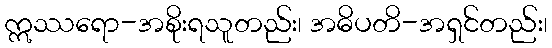
ဣဿရော-အစိုးရသူတည်း၊ အဓိပတိ-အရှင်တည်း၊